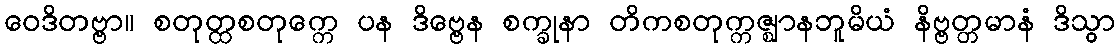
ဝေဒိတဗ္ဗာ။ စတုတ္ထစတုက္ကေ ပန ဒိဗ္ဗေန စက္ခုနာ တိကစတုက္ကဇ္ဈာနဘူမိယံ နိဗ္ဗတ္တမာနံ ဒိသွာ